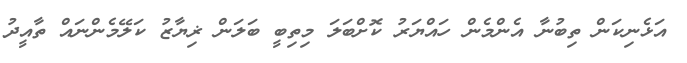
އަޅެނިކަން ތިބުނާ އެންމެން ހައްޔަރު ކޮށްބަލަ މިތިބީ ބަލަން ޜިޔާޒު ކަލޭމެންނައް ތާއީދު